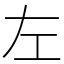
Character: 左